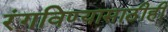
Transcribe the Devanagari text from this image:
रंगविण्यासाठीही